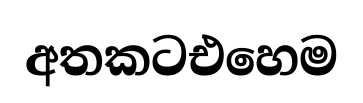
අතකටඑහෙම